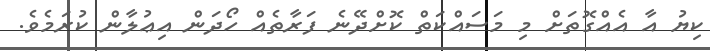
ކިޔު އާ އެއްގޮތަށް މި މަސައްކަތް ކޮށްދޭނެ ފަރާތެއް ހޯދަން އިޢުލާން ކުރަމެވެ.